Burma Government Medical School reports 1923-41
Year: 1923
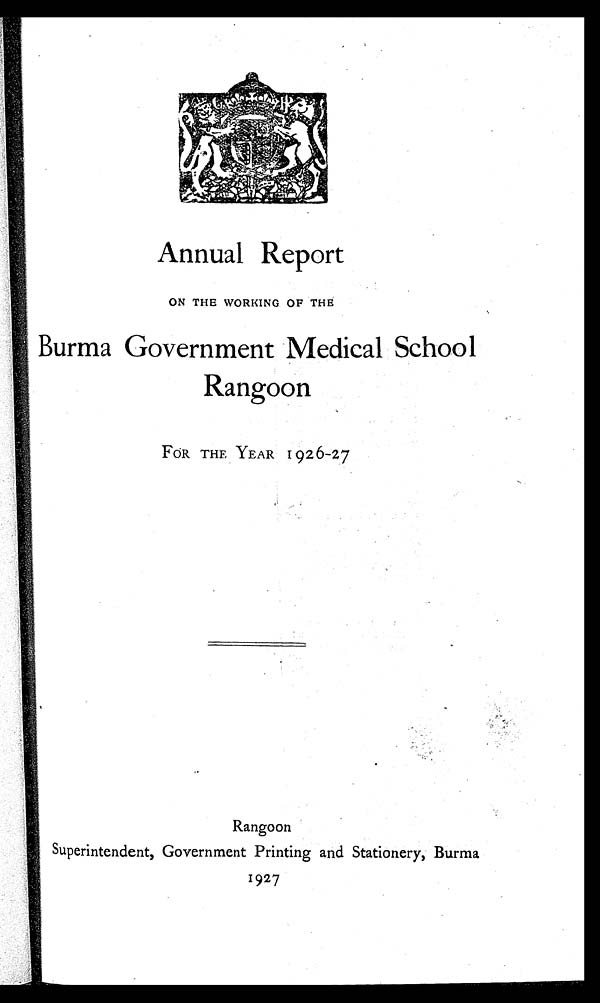
Annual Report
ON THE WORKING OF THE
Burma Government Medical School
Rangoon
FOR THE YEAR 1926-27
Rangoon
Superintendent Government Printing and Stationery, Burma
1927